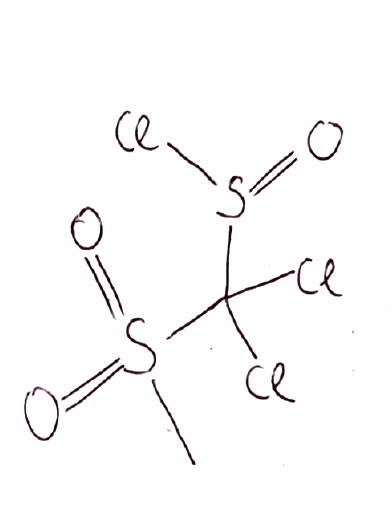
Simplified molecular-input line-entry system (SMILES) notation of the given molecule:
CS(=O)(=O)C(S(=O)Cl)(Cl)Cl